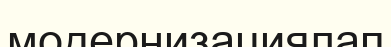
модернизациялап